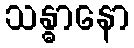
သန္ဓာနော